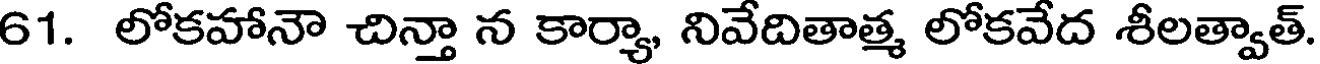
61. లోకహానౌ చిన్తా న కార్యా, నివేదితాత్మ లోకవేద శీలత్వాత్